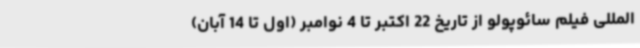
المللی فیلم سائوپولو از تاریخ 22 اکتبر تا 4 نوامبر (اول تا 14 آبان)